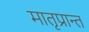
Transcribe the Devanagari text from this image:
मातृप्रान्त